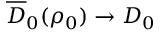
\overline { { D } } _ { 0 } ( \rho _ { 0 } ) \to D _ { 0 }